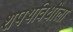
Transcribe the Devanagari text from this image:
शपथविधीला